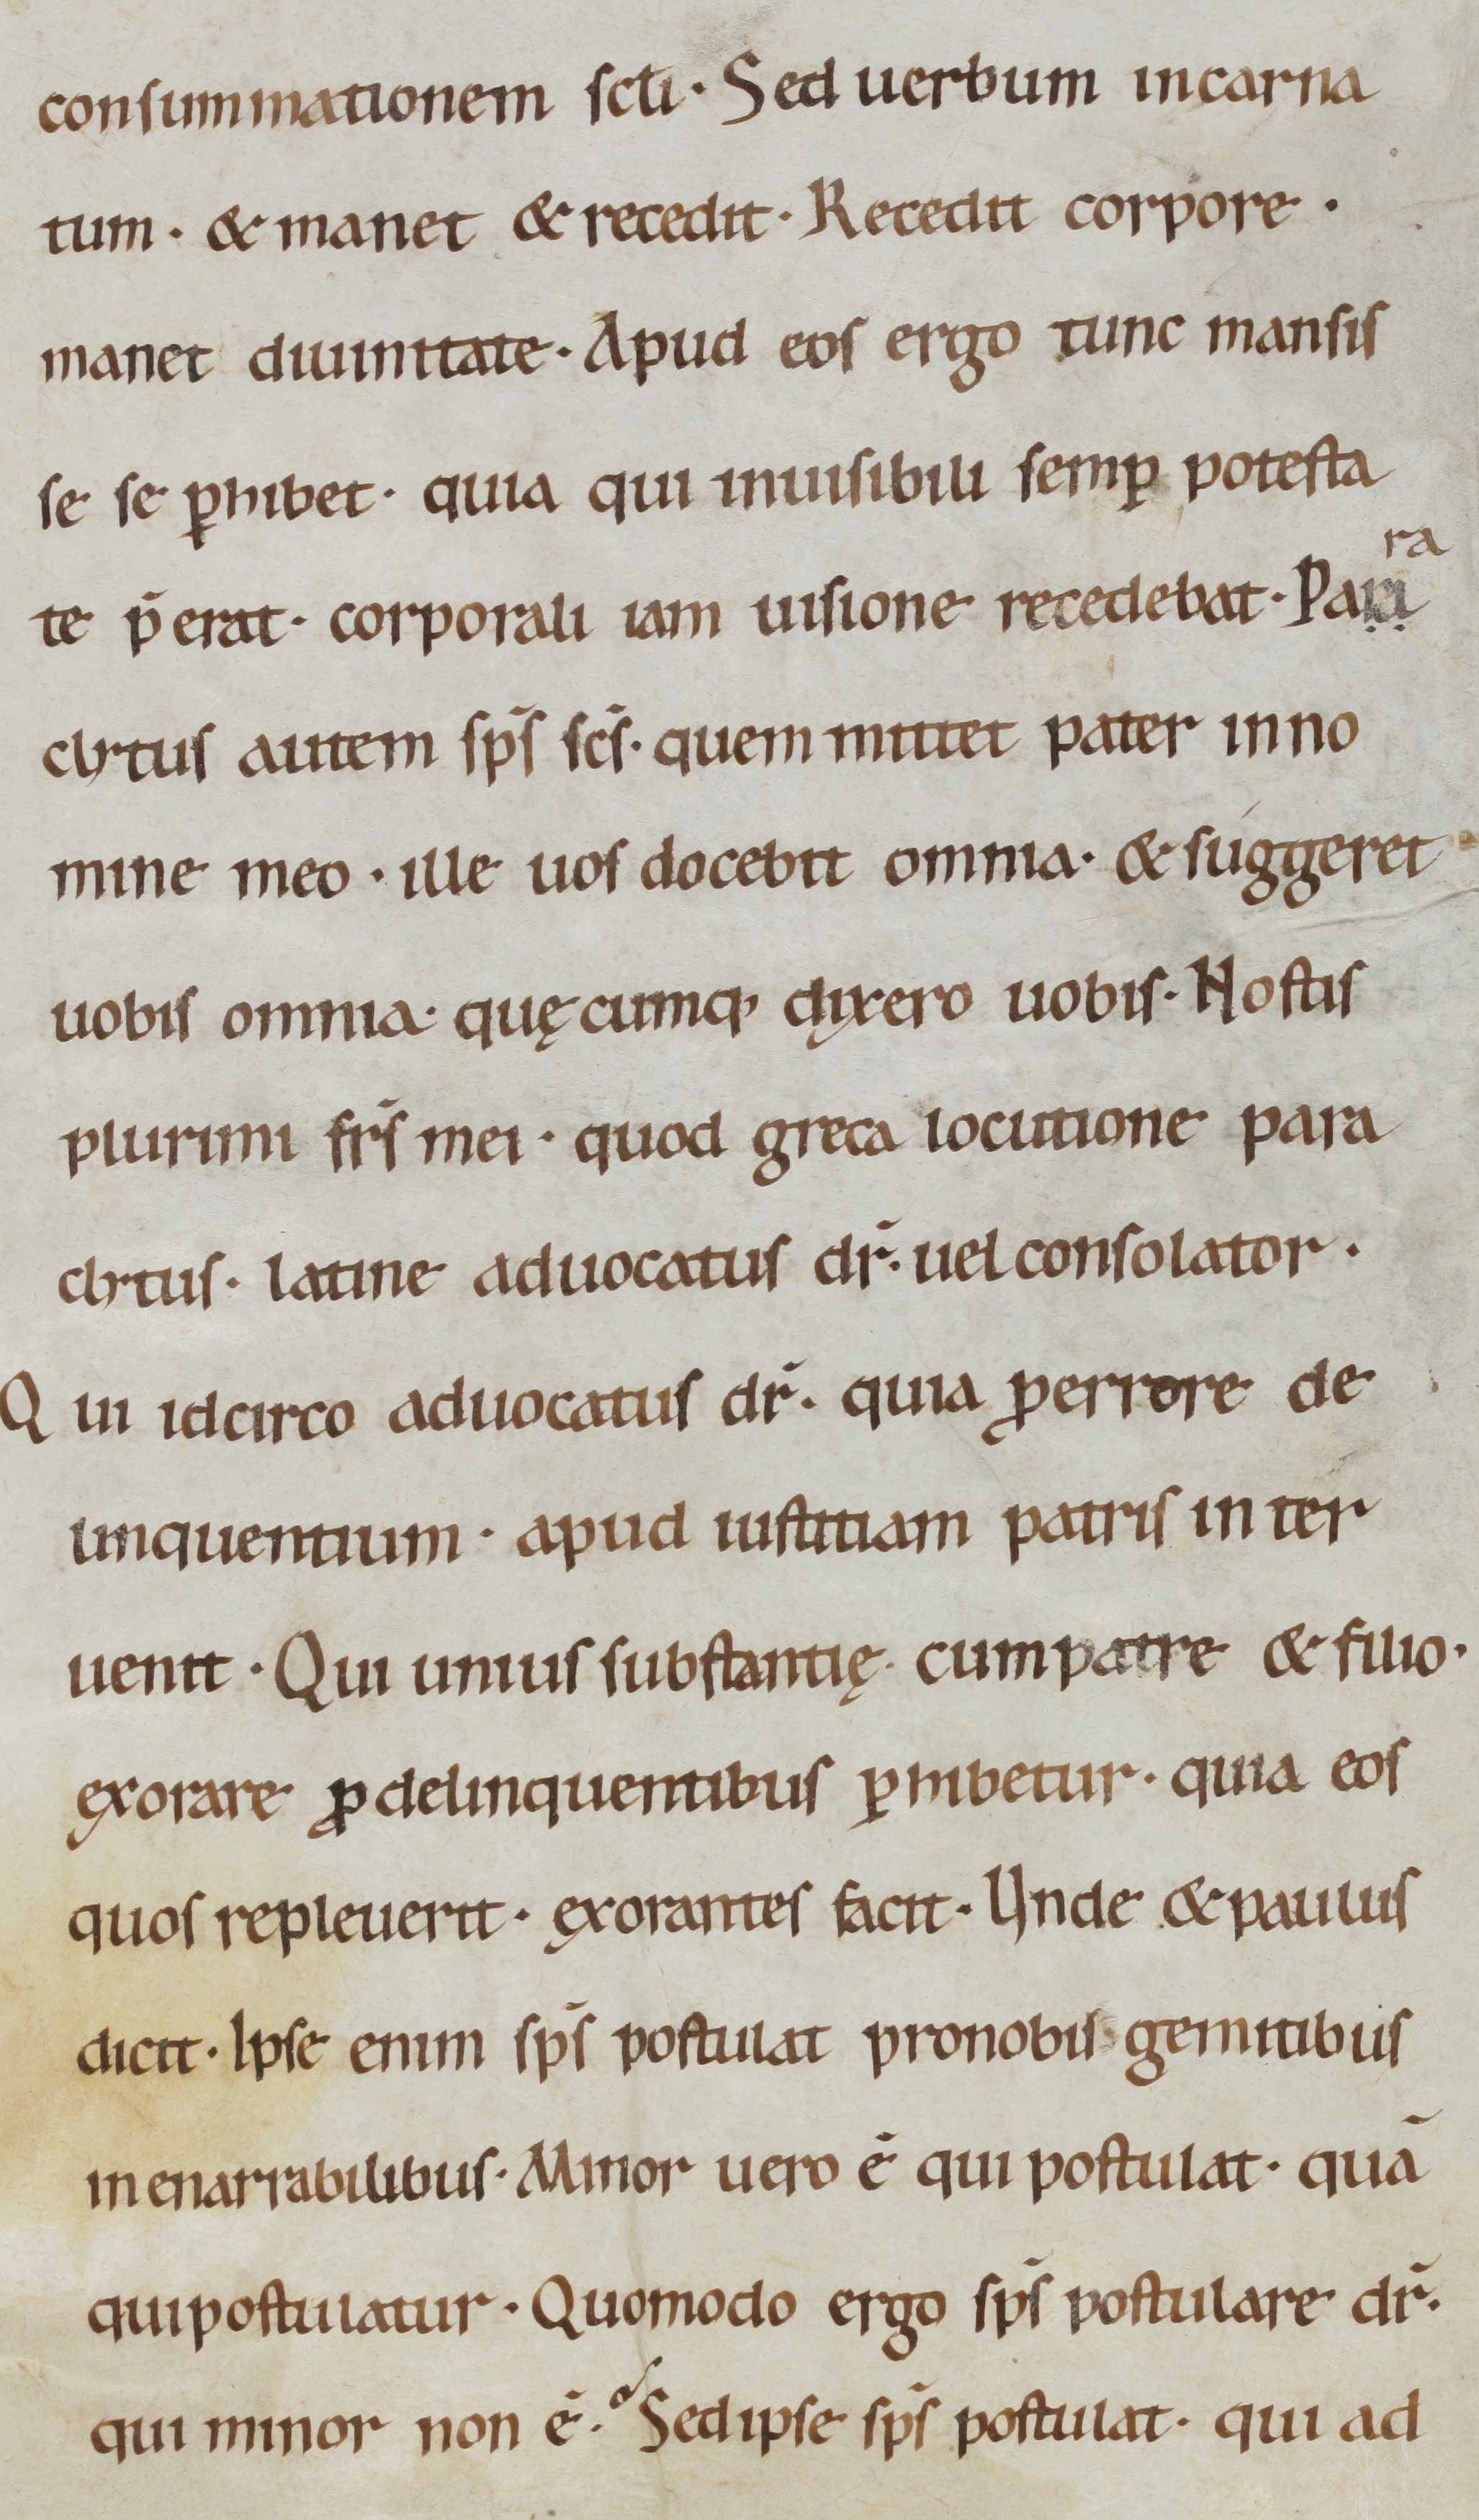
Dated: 1000–1099